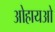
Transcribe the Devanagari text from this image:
ओहायओ